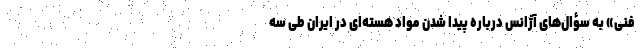
فنی» به سؤال‌های آژانس درباره پیدا شدن مواد هسته‌ای در ایران طی سه